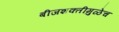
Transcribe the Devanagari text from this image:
बीजशक्तीमुळेच